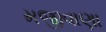
મજીવાણા